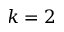
k = 2